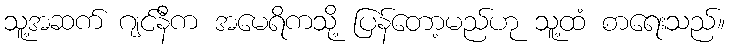
သူ့အဆက် ဂျင်နီက အမေရိကသို့ ပြန်တော့မည်ဟု သူ့ထံ စာရေးသည်။